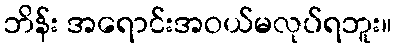
ဘိန်း အရောင်းအဝယ်မလုပ်ရဘူး။